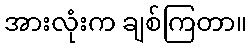
အားလုံးက ချစ်ကြတာ။